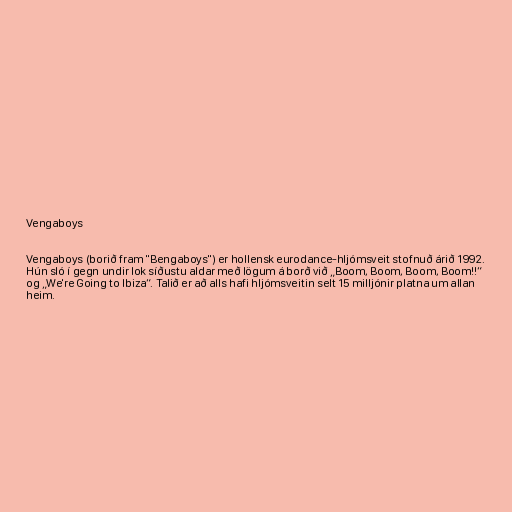
Vengaboys

Vengaboys (borið fram "Bengaboys") er hollensk eurodance-hljómsveit stofnuð árið 1992.
Hún sló í gegn undir lok síðustu aldar með lögum á borð við „Boom, Boom, Boom, Boom!!“
og „We're Going to Ibiza“. Talið er að alls hafi hljómsveitin selt 15 milljónir platna um allan
heim.